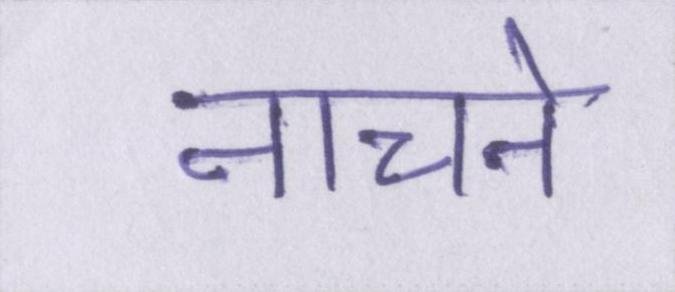
नाचने